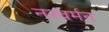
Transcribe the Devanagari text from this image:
नरवर्मन